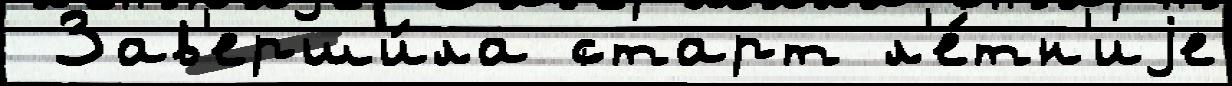
 Зав'ерши́ла старт л'е́тн'иjе